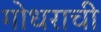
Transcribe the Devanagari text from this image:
गोधराची